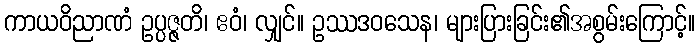
ကာယဝိညာဏံ ဥပ္ပဇ္ဇတိ၊ ဧဝံ၊ လျှင်။ ဥဿဒဝသေန၊ များပြားခြင်း၏အစွမ်းကြောင့်။